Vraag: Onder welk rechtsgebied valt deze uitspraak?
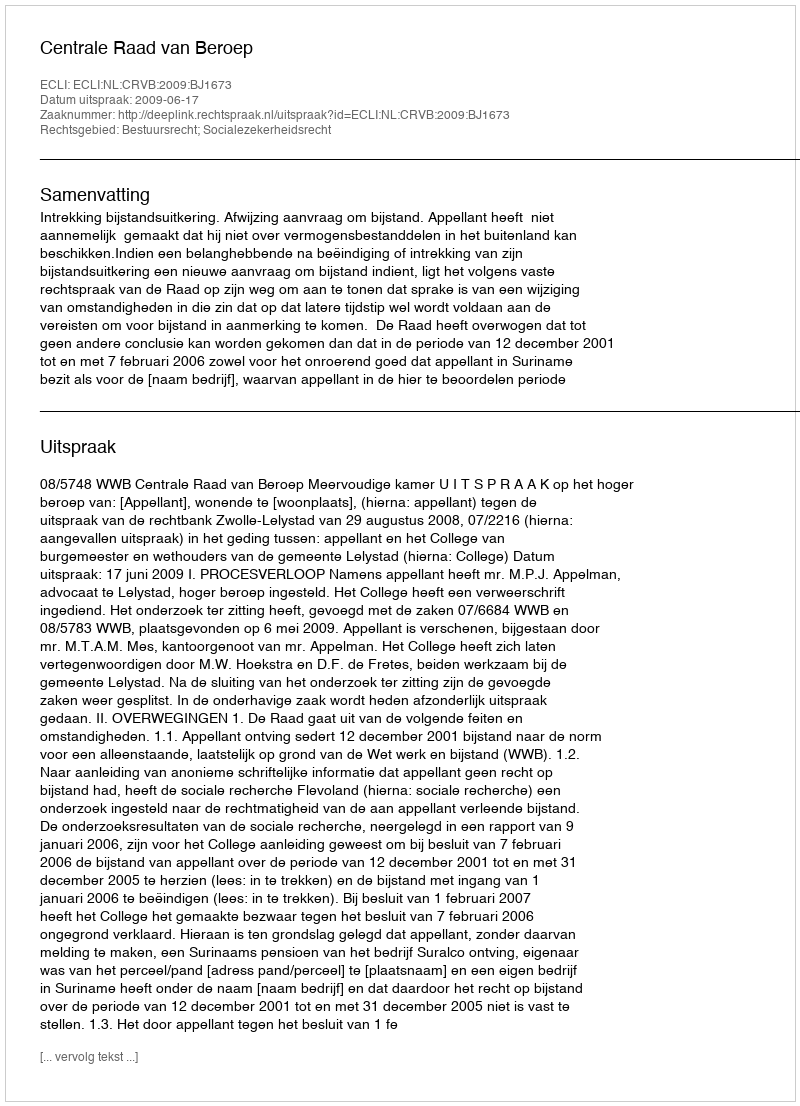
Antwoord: Bestuursrecht; Socialezekerheidsrecht